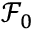
\mathcal { F } _ { 0 }